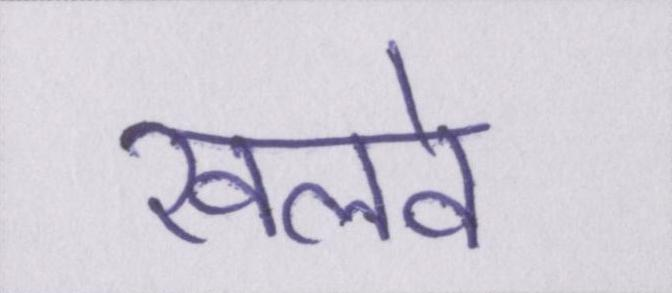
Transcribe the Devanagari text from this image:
खलवे